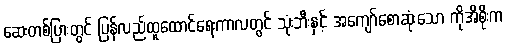
ဆေးတစ်ပြားတွင် ပြန်လည်ထူထောင်ရေးကာလတွင် သုံးဘီးနှင့် အကျော်စောဆုံးသော ကိုအိစိုးက